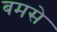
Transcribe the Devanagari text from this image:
बमसे